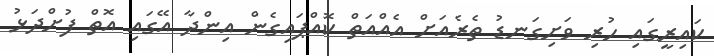
ކައިރީގައި ހުރި ވަށިގަނޑު ތެރެއަށް އެއްއަތް ކޮއްޕައިގެން އިންދާ އޭގައި އޮތް ފުށްދަޅު